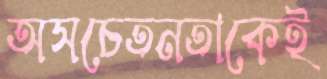
অসচেতনতাকেই